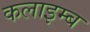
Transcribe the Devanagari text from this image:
कलाइम्ब